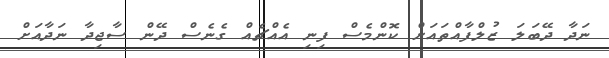
ނަދާ ދޭބަލަ ޒުލްފާއްތައަށް ކޮންމެސް ފިނި އެއްޗެއް ގެނެސް ދޭން ސާޖިދާ ނަދާއަށް